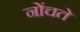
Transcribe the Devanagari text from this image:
नोंचते